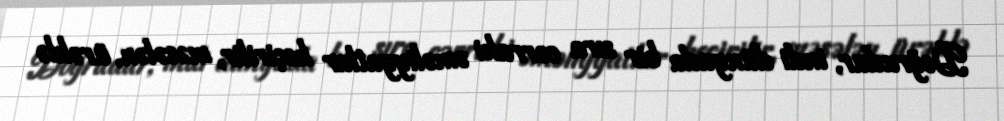
Doğrudur, indi dünyada bir sıra cərrahi əməliyyatlar keçirilir, məsələn, ürəklə